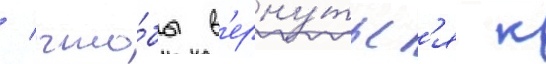
/ что́бы в'ерну́тьс'я к